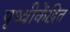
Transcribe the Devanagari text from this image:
पृथ्वीकेंद्रित